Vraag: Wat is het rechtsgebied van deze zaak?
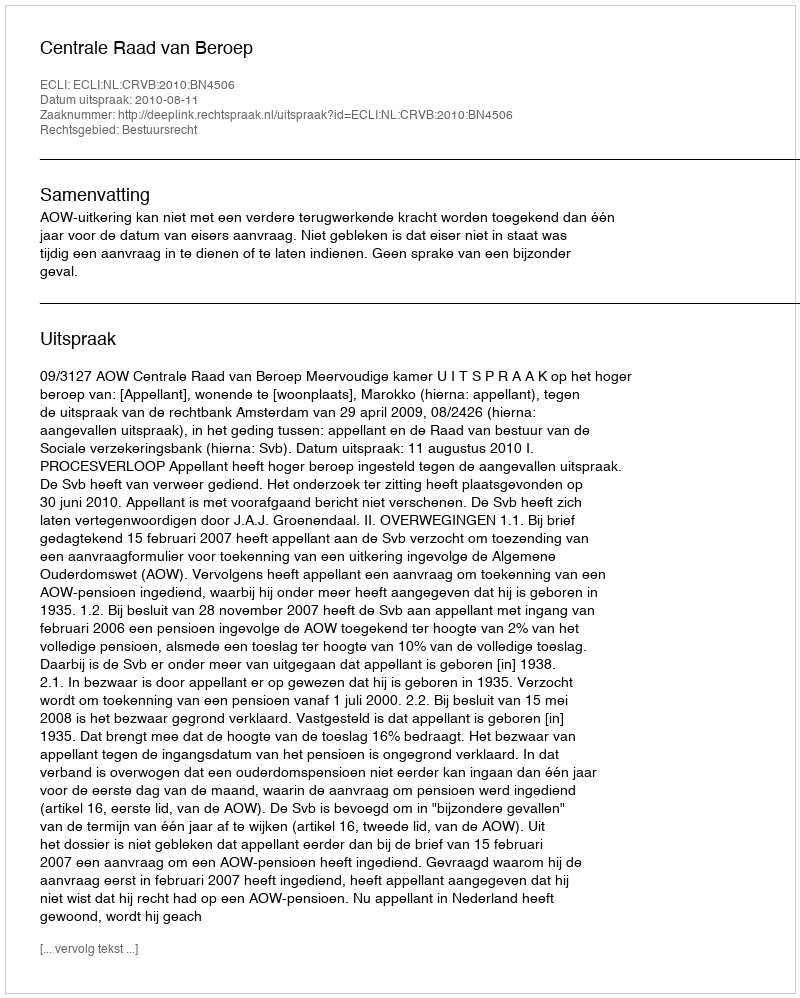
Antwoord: Bestuursrecht